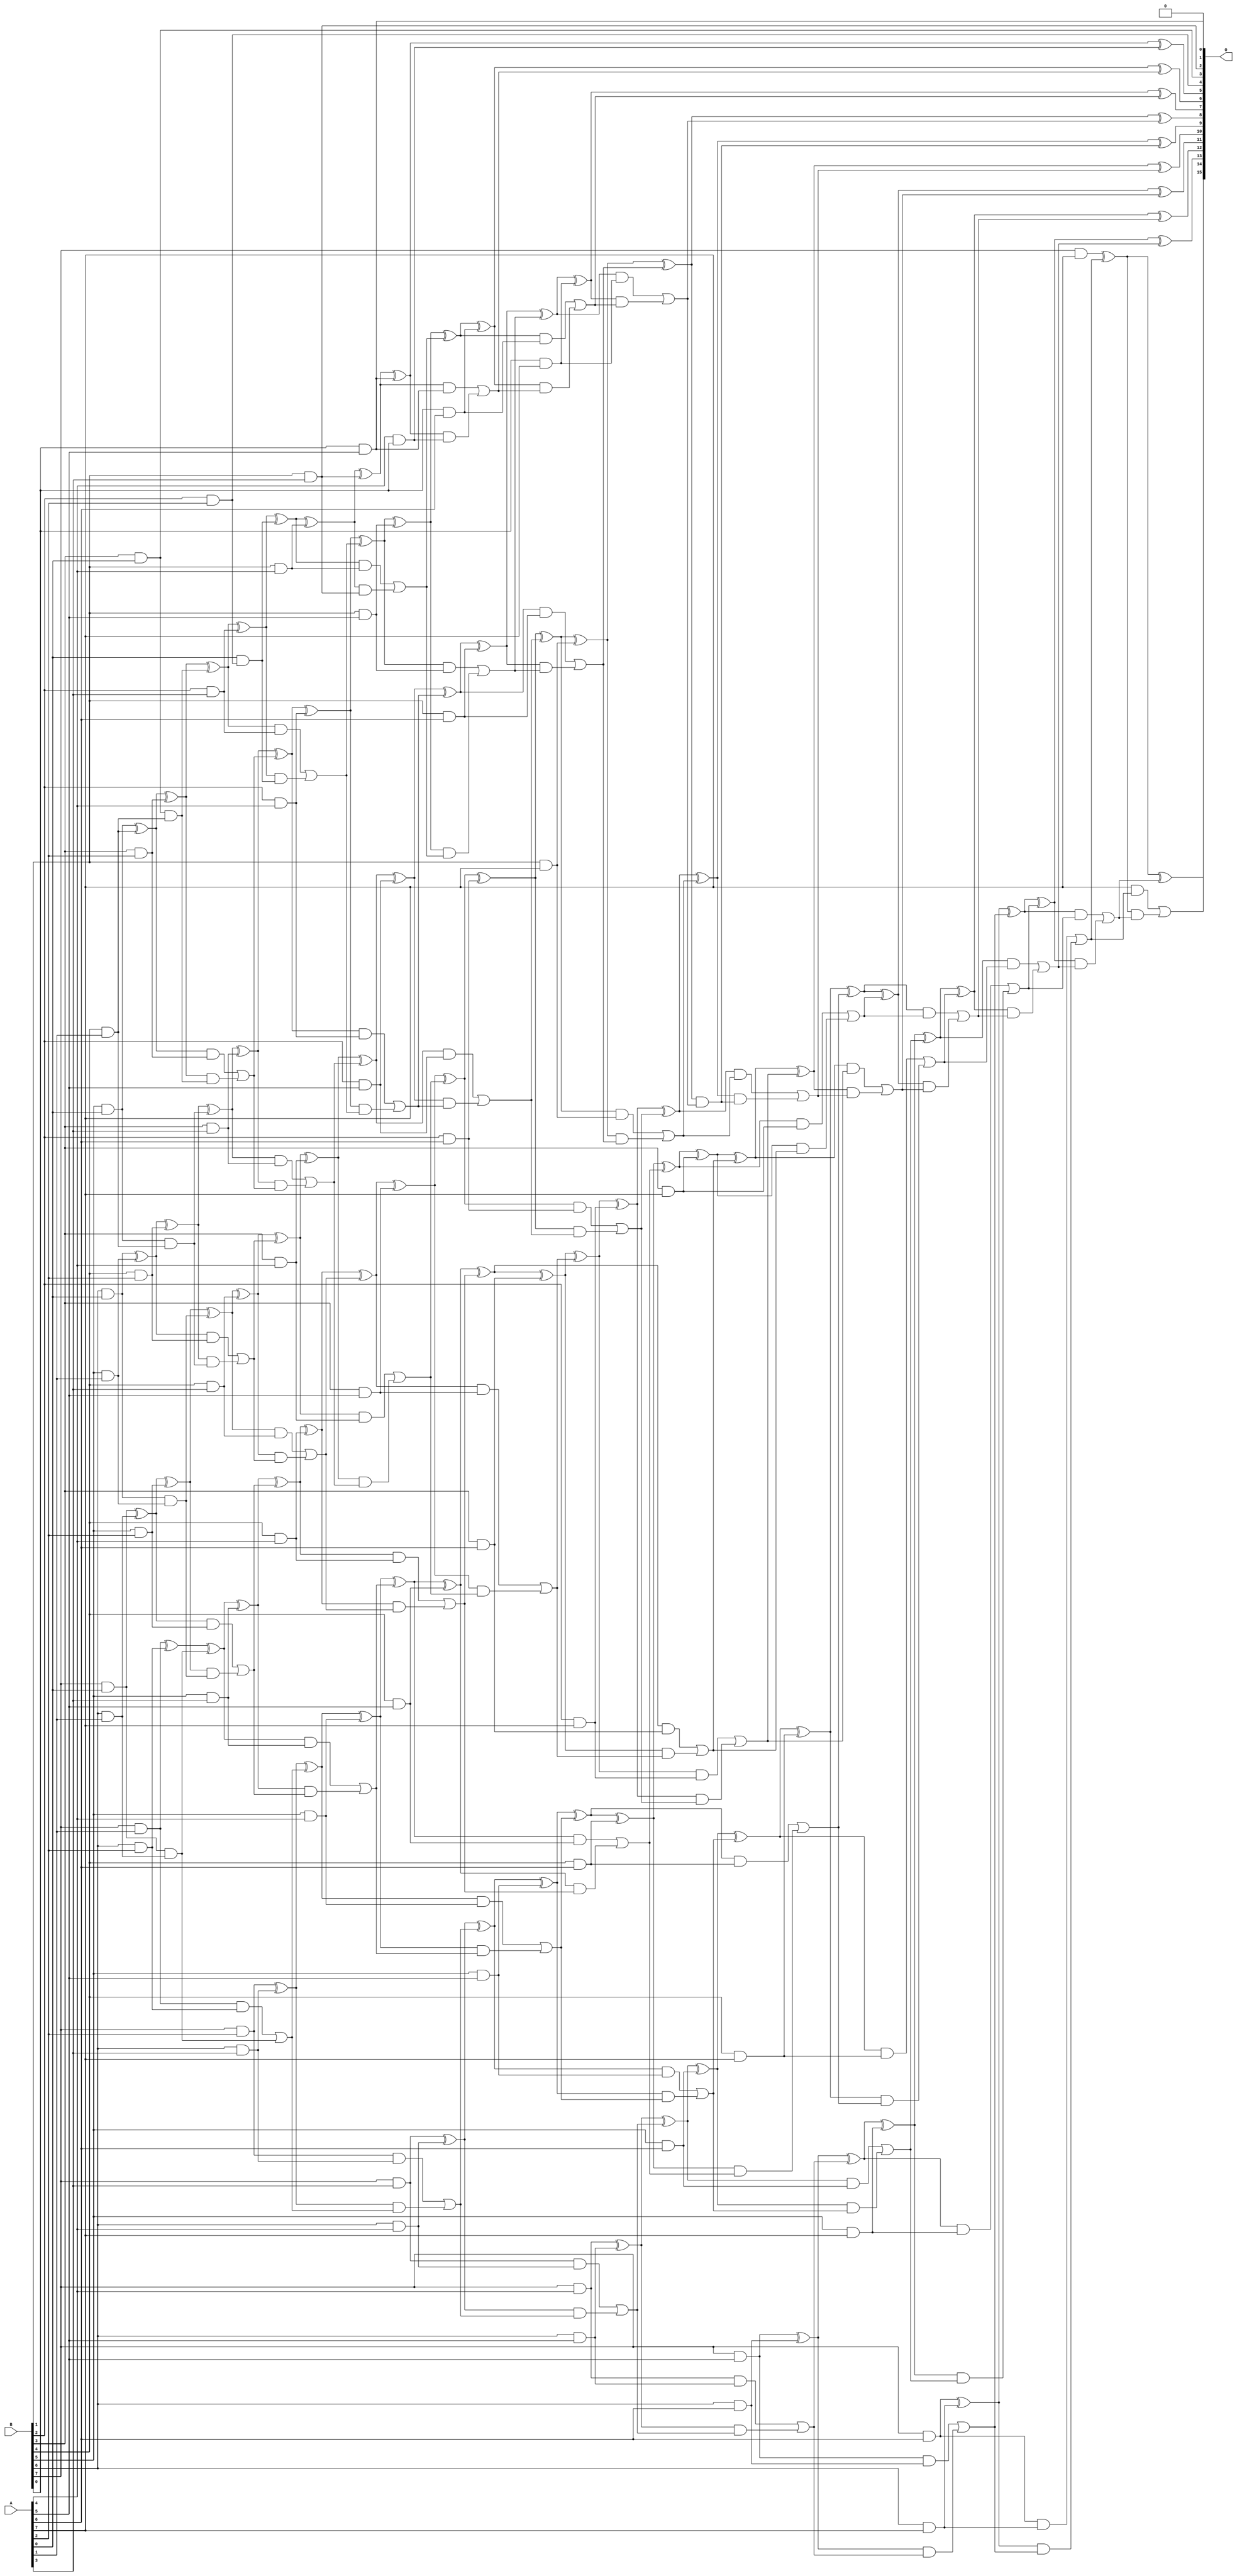
/***
* This code is a part of EvoApproxLib library (ehw.fit.vutbr.cz/approxlib) distributed under The MIT License.
* When used, please cite the following article(s): PRABAKARAN B. S., MRAZEK V., VASICEK Z., SEKANINA L., SHAFIQUE M. ApproxFPGAs: Embracing ASIC-based Approximate Arithmetic Components for FPGA-Based Systems. DAC 2020. 
***/
// MAE% = 0.018 %
// MAE = 12 
// WCE% = 0.066 %
// WCE = 43 
// WCRE% = 140.00 %
// EP% = 84.96 %
// MRE% = 0.62 %
// MSE = 233 
// FPGA_POWER = 1.2
// FPGA_DELAY = 11
// FPGA_LUT = 65

module mul8u_5E8 (
    A,
    B,
    O
);

input [7:0] A;
input [7:0] B;
output [15:0] O;

wire sig_19,sig_20,sig_21,sig_22,sig_23,sig_27,sig_28,sig_29,sig_30,sig_31,sig_39,sig_40,sig_41,sig_42,sig_43,sig_44,sig_45,sig_49,sig_50,sig_51;
wire sig_52,sig_53,sig_69,sig_70,sig_71,sig_72,sig_73,sig_74,sig_75,sig_76,sig_77,sig_78,sig_79,sig_80,sig_81,sig_82,sig_83,sig_84,sig_85,sig_87;
wire sig_88,sig_91,sig_92,sig_93,sig_94,sig_95,sig_96,sig_103,sig_107,sig_108,sig_109,sig_110,sig_111,sig_112,sig_113,sig_114,sig_115,sig_116,sig_117,sig_118;
wire sig_119,sig_120,sig_121,sig_122,sig_123,sig_124,sig_125,sig_126,sig_127,sig_128,sig_129,sig_130,sig_131,sig_133,sig_134,sig_135,sig_136,sig_137,sig_138,sig_139;
wire sig_141,sig_145,sig_146,sig_147,sig_148,sig_149,sig_150,sig_151,sig_152,sig_153,sig_154,sig_155,sig_156,sig_157,sig_158,sig_159,sig_160,sig_161,sig_162,sig_163;
wire sig_164,sig_165,sig_166,sig_167,sig_168,sig_169,sig_170,sig_171,sig_172,sig_173,sig_174,sig_175,sig_176,sig_177,sig_178,sig_179,sig_180,sig_181,sig_182,sig_183;
wire sig_184,sig_185,sig_186,sig_187,sig_188,sig_189,sig_190,sig_191,sig_192,sig_193,sig_194,sig_195,sig_196,sig_197,sig_198,sig_199,sig_200,sig_201,sig_202,sig_203;
wire sig_204,sig_205,sig_206,sig_207,sig_208,sig_209,sig_210,sig_211,sig_212,sig_213,sig_214,sig_215,sig_216,sig_217,sig_218,sig_219,sig_220,sig_221,sig_222,sig_223;
wire sig_224,sig_225,sig_226,sig_227,sig_228,sig_229,sig_230,sig_231,sig_232,sig_233,sig_234,sig_235,sig_236,sig_237,sig_238,sig_239,sig_240,sig_241,sig_242,sig_243;
wire sig_244,sig_245,sig_246,sig_247,sig_248,sig_249,sig_250,sig_251,sig_252,sig_253,sig_254,sig_255,sig_256,sig_257,sig_258,sig_259,sig_260,sig_261,sig_262,sig_263;
wire sig_264,sig_265,sig_266,sig_267,sig_268,sig_269,sig_270,sig_271,sig_272,sig_273,sig_274,sig_275,sig_276,sig_277,sig_278,sig_279,sig_280,sig_281,sig_282,sig_283;
wire sig_284,sig_285,sig_286,sig_287,sig_288,sig_289,sig_290,sig_291,sig_292,sig_293,sig_294,sig_295,sig_296,sig_297,sig_298,sig_299,sig_300,sig_301,sig_302,sig_303;
wire sig_304,sig_305,sig_306,sig_307,sig_308,sig_309,sig_310,sig_311,sig_312,sig_313,sig_314,sig_315,sig_316,sig_317,sig_318,sig_319,sig_320,sig_321,sig_322,sig_323;
wire sig_324,sig_325,sig_326,sig_327,sig_328,sig_329,sig_330,sig_331,sig_332,sig_333,sig_334,sig_335;

assign sig_19 = B[2] & A[2];
assign sig_20 = A[0] & sig_19;
assign sig_21 = B[5] & A[0];
assign sig_22 = B[6] & A[0];
assign sig_23 = B[7] & A[0];
assign sig_27 = B[3] & A[0];
assign sig_28 = B[4] & A[1];
assign sig_29 = B[5] & A[1];
assign sig_30 = B[6] & A[1];
assign sig_31 = B[7] & A[1];
assign sig_39 = sig_27 & sig_28;
assign sig_40 = sig_21 ^ sig_28;
assign sig_41 = sig_21 & sig_28;
assign sig_42 = sig_22 ^ sig_29;
assign sig_43 = sig_22 & sig_29;
assign sig_44 = sig_23 ^ sig_30;
assign sig_45 = sig_23 & sig_30;
assign sig_49 = B[3] & A[2];
assign sig_50 = B[4] & A[2];
assign sig_51 = B[5] & A[2];
assign sig_52 = B[6] & A[2];
assign sig_53 = B[7] & A[2];
assign sig_69 = sig_40 ^ sig_49;
assign sig_70 = sig_40 & sig_49;
assign sig_71 = sig_69 & sig_39;
assign sig_72 = sig_69 ^ sig_39;
assign sig_73 = sig_70 | sig_71;
assign sig_74 = sig_42 ^ sig_50;
assign sig_75 = sig_42 & sig_50;
assign sig_76 = sig_74 & sig_41;
assign sig_77 = sig_74 ^ sig_41;
assign sig_78 = sig_75 | sig_76;
assign sig_79 = sig_44 ^ sig_51;
assign sig_80 = sig_44 & sig_51;
assign sig_81 = sig_79 & sig_43;
assign sig_82 = sig_79 ^ sig_43;
assign sig_83 = sig_80 | sig_81;
assign sig_84 = sig_31 ^ sig_52;
assign sig_85 = sig_31 & sig_52;
assign sig_87 = sig_84 ^ sig_45;
assign sig_88 = sig_85 | sig_45;
assign sig_91 = B[2] & A[3];
assign sig_92 = B[3] & A[3];
assign sig_93 = B[4] & A[3];
assign sig_94 = B[5] & A[3];
assign sig_95 = B[6] & A[3];
assign sig_96 = B[7] & A[3];
assign sig_103 = B[1] & A[3];
assign sig_107 = sig_72 ^ sig_91;
assign sig_108 = sig_72 & sig_91;
assign sig_109 = sig_107 & sig_20;
assign sig_110 = sig_107 ^ sig_20;
assign sig_111 = sig_108 | sig_109;
assign sig_112 = sig_77 ^ sig_92;
assign sig_113 = sig_77 & sig_92;
assign sig_114 = sig_112 & sig_73;
assign sig_115 = sig_112 ^ sig_73;
assign sig_116 = sig_113 | sig_114;
assign sig_117 = sig_82 ^ sig_93;
assign sig_118 = sig_82 & sig_93;
assign sig_119 = sig_117 & sig_78;
assign sig_120 = sig_117 ^ sig_78;
assign sig_121 = sig_118 | sig_119;
assign sig_122 = sig_87 ^ sig_94;
assign sig_123 = sig_87 & sig_94;
assign sig_124 = sig_122 & sig_83;
assign sig_125 = sig_122 ^ sig_83;
assign sig_126 = sig_123 | sig_124;
assign sig_127 = sig_53 ^ sig_95;
assign sig_128 = sig_53 & sig_95;
assign sig_129 = sig_127 & sig_88;
assign sig_130 = sig_127 ^ sig_88;
assign sig_131 = sig_128 | sig_129;
assign sig_133 = B[1] & A[4];
assign sig_134 = B[2] & A[4];
assign sig_135 = B[3] & A[4];
assign sig_136 = B[4] & A[4];
assign sig_137 = B[5] & A[4];
assign sig_138 = B[6] & A[4];
assign sig_139 = B[7] & A[4];
assign sig_141 = A[4] & B[0];
assign sig_145 = sig_110 ^ sig_133;
assign sig_146 = sig_110 & sig_133;
assign sig_147 = sig_145 & sig_103;
assign sig_148 = sig_145 ^ sig_103;
assign sig_149 = sig_146 | sig_147;
assign sig_150 = sig_115 ^ sig_134;
assign sig_151 = sig_115 & sig_134;
assign sig_152 = sig_150 & sig_111;
assign sig_153 = sig_150 ^ sig_111;
assign sig_154 = sig_151 | sig_152;
assign sig_155 = sig_120 ^ sig_135;
assign sig_156 = sig_120 & sig_135;
assign sig_157 = sig_155 & sig_116;
assign sig_158 = sig_155 ^ sig_116;
assign sig_159 = sig_156 | sig_157;
assign sig_160 = sig_125 ^ sig_136;
assign sig_161 = sig_125 & sig_136;
assign sig_162 = sig_160 & sig_121;
assign sig_163 = sig_160 ^ sig_121;
assign sig_164 = sig_161 | sig_162;
assign sig_165 = sig_130 ^ sig_137;
assign sig_166 = sig_130 & sig_137;
assign sig_167 = sig_165 & sig_126;
assign sig_168 = sig_165 ^ sig_126;
assign sig_169 = sig_166 | sig_167;
assign sig_170 = sig_96 ^ sig_138;
assign sig_171 = sig_96 & sig_138;
assign sig_172 = sig_170 & sig_131;
assign sig_173 = sig_170 ^ sig_131;
assign sig_174 = sig_171 | sig_172;
assign sig_175 = B[0] & A[5];
assign sig_176 = B[1] & A[5];
assign sig_177 = B[2] & A[5];
assign sig_178 = B[3] & A[5];
assign sig_179 = B[4] & A[5];
assign sig_180 = B[5] & A[5];
assign sig_181 = B[6] & A[5];
assign sig_182 = B[7] & A[5];
assign sig_183 = sig_148 ^ sig_175;
assign sig_184 = sig_148 & sig_175;
assign sig_185 = sig_183 & sig_141;
assign sig_186 = sig_183 ^ sig_141;
assign sig_187 = sig_184 | sig_185;
assign sig_188 = sig_153 ^ sig_176;
assign sig_189 = sig_153 & sig_176;
assign sig_190 = sig_188 & sig_149;
assign sig_191 = sig_188 ^ sig_149;
assign sig_192 = sig_189 | sig_190;
assign sig_193 = sig_158 ^ sig_177;
assign sig_194 = sig_158 & sig_177;
assign sig_195 = sig_193 & sig_154;
assign sig_196 = sig_193 ^ sig_154;
assign sig_197 = sig_194 | sig_195;
assign sig_198 = sig_163 ^ sig_178;
assign sig_199 = sig_163 & sig_178;
assign sig_200 = sig_198 & sig_159;
assign sig_201 = sig_198 ^ sig_159;
assign sig_202 = sig_199 | sig_200;
assign sig_203 = sig_168 ^ sig_179;
assign sig_204 = sig_168 & sig_179;
assign sig_205 = sig_203 & sig_164;
assign sig_206 = sig_203 ^ sig_164;
assign sig_207 = sig_204 | sig_205;
assign sig_208 = sig_173 ^ sig_180;
assign sig_209 = sig_173 & sig_180;
assign sig_210 = sig_208 & sig_169;
assign sig_211 = sig_208 ^ sig_169;
assign sig_212 = sig_209 | sig_210;
assign sig_213 = sig_139 ^ sig_181;
assign sig_214 = sig_139 & sig_181;
assign sig_215 = sig_213 & sig_174;
assign sig_216 = sig_213 ^ sig_174;
assign sig_217 = sig_214 | sig_215;
assign sig_218 = B[0] & A[6];
assign sig_219 = B[1] & A[6];
assign sig_220 = B[2] & A[6];
assign sig_221 = B[3] & A[6];
assign sig_222 = B[4] & A[6];
assign sig_223 = B[5] & A[6];
assign sig_224 = B[6] & A[6];
assign sig_225 = B[7] & A[6];
assign sig_226 = sig_191 ^ sig_218;
assign sig_227 = sig_191 & sig_218;
assign sig_228 = sig_226 & sig_187;
assign sig_229 = sig_226 ^ sig_187;
assign sig_230 = sig_227 | sig_228;
assign sig_231 = sig_196 ^ sig_219;
assign sig_232 = sig_196 & sig_219;
assign sig_233 = sig_231 & sig_192;
assign sig_234 = sig_231 ^ sig_192;
assign sig_235 = sig_232 | sig_233;
assign sig_236 = sig_201 ^ sig_220;
assign sig_237 = sig_201 & sig_220;
assign sig_238 = sig_236 & sig_197;
assign sig_239 = sig_236 ^ sig_197;
assign sig_240 = sig_237 | sig_238;
assign sig_241 = sig_206 ^ sig_221;
assign sig_242 = sig_206 & sig_221;
assign sig_243 = sig_241 & sig_202;
assign sig_244 = sig_241 ^ sig_202;
assign sig_245 = sig_242 | sig_243;
assign sig_246 = sig_211 ^ sig_222;
assign sig_247 = sig_211 & sig_222;
assign sig_248 = sig_246 & sig_207;
assign sig_249 = sig_246 ^ sig_207;
assign sig_250 = sig_247 | sig_248;
assign sig_251 = sig_216 ^ sig_223;
assign sig_252 = sig_216 & sig_223;
assign sig_253 = sig_251 & sig_212;
assign sig_254 = sig_251 ^ sig_212;
assign sig_255 = sig_252 | sig_253;
assign sig_256 = sig_182 ^ sig_224;
assign sig_257 = sig_182 & sig_224;
assign sig_258 = sig_256 & sig_217;
assign sig_259 = sig_256 ^ sig_217;
assign sig_260 = sig_257 | sig_258;
assign sig_261 = B[0] & A[7];
assign sig_262 = B[1] & A[7];
assign sig_263 = B[2] & A[7];
assign sig_264 = B[3] & A[7];
assign sig_265 = B[4] & A[7];
assign sig_266 = B[5] & A[7];
assign sig_267 = B[6] & A[7];
assign sig_268 = B[7] & A[7];
assign sig_269 = sig_234 ^ sig_261;
assign sig_270 = sig_234 & sig_261;
assign sig_271 = sig_269 & sig_230;
assign sig_272 = sig_269 ^ sig_230;
assign sig_273 = sig_270 | sig_271;
assign sig_274 = sig_239 ^ sig_262;
assign sig_275 = sig_239 & sig_262;
assign sig_276 = sig_274 & sig_235;
assign sig_277 = sig_274 ^ sig_235;
assign sig_278 = sig_275 | sig_276;
assign sig_279 = sig_244 ^ sig_263;
assign sig_280 = sig_244 & sig_263;
assign sig_281 = sig_279 & sig_240;
assign sig_282 = sig_279 ^ sig_240;
assign sig_283 = sig_280 | sig_281;
assign sig_284 = sig_249 ^ sig_264;
assign sig_285 = sig_249 & sig_264;
assign sig_286 = sig_284 & sig_245;
assign sig_287 = sig_284 ^ sig_245;
assign sig_288 = sig_285 | sig_286;
assign sig_289 = sig_254 ^ sig_265;
assign sig_290 = sig_254 & sig_265;
assign sig_291 = sig_289 & sig_250;
assign sig_292 = sig_289 ^ sig_250;
assign sig_293 = sig_290 | sig_291;
assign sig_294 = sig_259 ^ sig_266;
assign sig_295 = sig_259 & sig_266;
assign sig_296 = sig_294 & sig_255;
assign sig_297 = sig_294 ^ sig_255;
assign sig_298 = sig_295 | sig_296;
assign sig_299 = sig_225 ^ sig_267;
assign sig_300 = sig_225 & sig_267;
assign sig_301 = sig_299 & sig_260;
assign sig_302 = sig_299 ^ sig_260;
assign sig_303 = sig_300 | sig_301;
assign sig_304 = sig_277 ^ sig_273;
assign sig_305 = sig_277 & sig_273;
assign sig_306 = sig_282 ^ sig_278;
assign sig_307 = sig_282 & sig_278;
assign sig_308 = sig_306 & sig_305;
assign sig_309 = sig_306 ^ sig_305;
assign sig_310 = sig_307 | sig_308;
assign sig_311 = sig_287 ^ sig_283;
assign sig_312 = sig_287 & sig_283;
assign sig_313 = sig_311 & sig_310;
assign sig_314 = sig_311 ^ sig_310;
assign sig_315 = sig_312 | sig_313;
assign sig_316 = sig_292 ^ sig_288;
assign sig_317 = sig_292 & sig_288;
assign sig_318 = sig_316 & sig_315;
assign sig_319 = sig_316 ^ sig_315;
assign sig_320 = sig_317 | sig_318;
assign sig_321 = sig_297 ^ sig_293;
assign sig_322 = sig_297 & sig_293;
assign sig_323 = sig_321 & sig_320;
assign sig_324 = sig_321 ^ sig_320;
assign sig_325 = sig_322 | sig_323;
assign sig_326 = sig_302 ^ sig_298;
assign sig_327 = sig_302 & sig_298;
assign sig_328 = sig_326 & sig_325;
assign sig_329 = sig_326 ^ sig_325;
assign sig_330 = sig_327 | sig_328;
assign sig_331 = sig_268 ^ sig_303;
assign sig_332 = A[7] & sig_303;
assign sig_333 = sig_331 & sig_330;
assign sig_334 = sig_331 ^ sig_330;
assign sig_335 = sig_332 | sig_333;

assign O[15] = sig_335;
assign O[14] = sig_334;
assign O[13] = sig_329;
assign O[12] = sig_324;
assign O[11] = sig_319;
assign O[10] = sig_314;
assign O[9] = sig_309;
assign O[8] = sig_304;
assign O[7] = sig_272;
assign O[6] = sig_229;
assign O[5] = sig_186;
assign O[4] = sig_19;
assign O[3] = sig_27;
assign O[2] = sig_103;
assign O[1] = sig_175;
assign O[0] = 1'b0;

endmodule